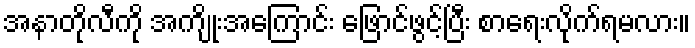
အနာတိုလီကို အကျိုးအကြောင်း ဖြောင်ဖွင့်ပြီး စာရေးလိုက်ရမလား။